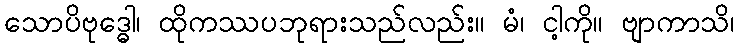
သောပိဗုဒ္ဓေါ၊ ထိုကဿပဘုရားသည်လည်း။ မံ၊ ငါ့ကို။ ဗျာကာသိ၊